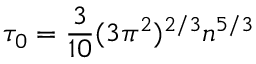
\tau _ { 0 } = \frac { 3 } { 1 0 } ( 3 \pi ^ { 2 } ) ^ { 2 / 3 } n ^ { 5 / 3 }